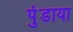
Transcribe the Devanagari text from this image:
पुंडाया